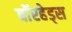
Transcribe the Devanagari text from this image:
वाॅरहेड्स